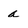
Character: a